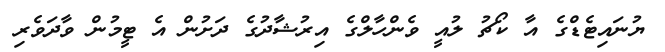
ޔުނައިޓެޑްގެ އާ ކޯޗު ލުއީ ވެންހާލްގެ އިރުޝާދުގެ ދަށުން އެ ޓީމުން ވާދަވެރި